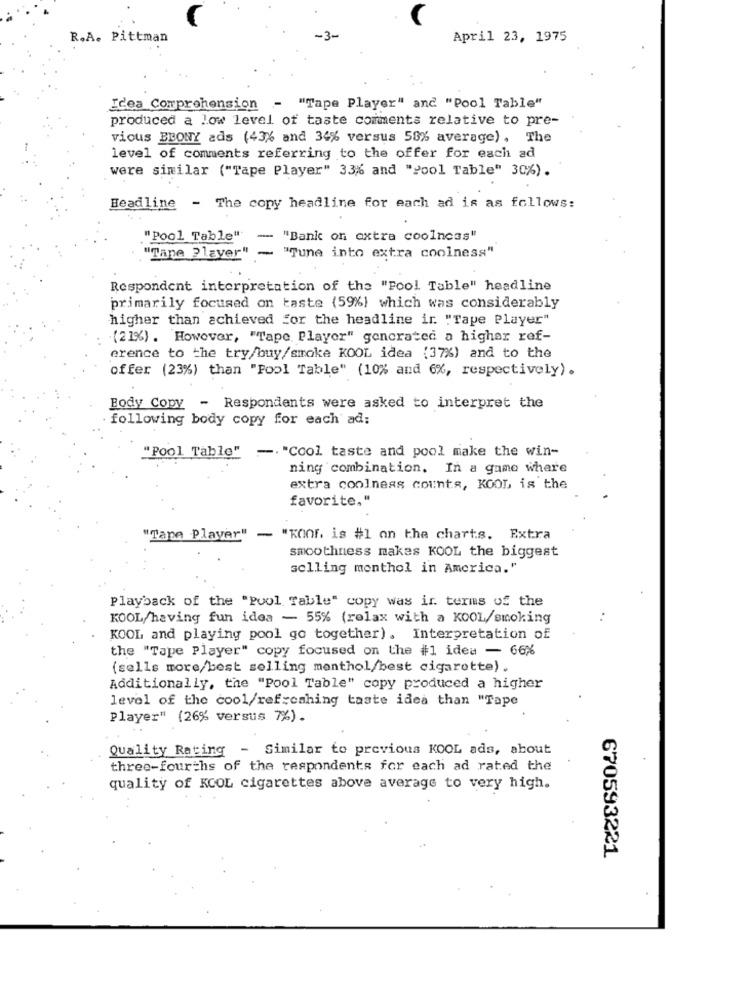
R.A. Pittman
April 23, 1975
Idea Comprehension - "Tape Player" and "Pool Table"
produced a low level of taste comments relative to pre-
vious EBONY ads (43% and 34% versus 50% average) , The
level of comments referring to the offer for each ad
were similar ("Tape Player" 33% and "Pool Table" 30%).
Headline - The copy headline for each ad is as follows:
" Pool Table" -
"Bank on oxtra coolness"
"Tane Player" - "Tune into extra coolness"
Respondent interpretation of the "Fool Table" headline
primarily focused on taste (59%) which was considerably
higher than achieved for the headline ir. "Tape Player"
(21%). However, "Tape Player" gencrated a higher ref-
erence to the try/buy/smoke KOOL idea (37%) and to the
offer (23%) than "Pool Table" (10% and 6%, respectively) .
Body Copy - Respondents were asked to interpret the
following body copy for each ad:
"Pool Table" -. "Cool taste and pool make the win-
ning combination. In a game where
extra coolness counts, KOOL is the
favorite."
"Tape Player" - "KOOF is #1 on the charts. Extra
smoothness makes KOOL the biggest
selling monthol in America."
Playback of the "Pool Table" copy was in terms of the
KOOL/having fun idea - 55% (relax with a KOOL/smoking
KOOL and playing pool go together). Interpretation of
the "Tape Player" copy focused on the #1 idea - 66%
(sells more/best selling menthol/best cigarette).
Additionally, the "Pool Table" copy produced a higher
level of the cool/refreshing taste idea than "Tape
Player" (26% versus 7%).
Quality Rating - Similar to previous KOOL ads, about
three-fourths of the respondents for each ad rated the
quality of KOOL cigarettes above average to very high.
670593221